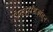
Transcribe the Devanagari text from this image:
दिनदर्शिकांतून